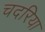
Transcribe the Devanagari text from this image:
चदरिया